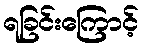
ရခြင်းကြောင့်